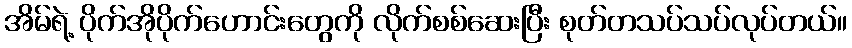
အိမ်ရဲ့ ပိုက်အိုပိုက်ဟောင်းတွေကို လိုက်စစ်ဆေးပြီး စုတ်တသပ်သပ်လုပ်တယ်။